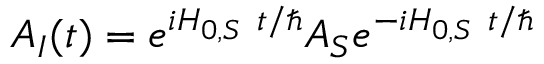
A _ { I } ( t ) = e ^ { i H _ { 0 , S } ~ t / \hbar } A _ { S } e ^ { - i H _ { 0 , S } ~ t / \hbar }